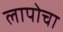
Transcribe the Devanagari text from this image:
लापोचा